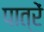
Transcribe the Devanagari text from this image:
पात्रें